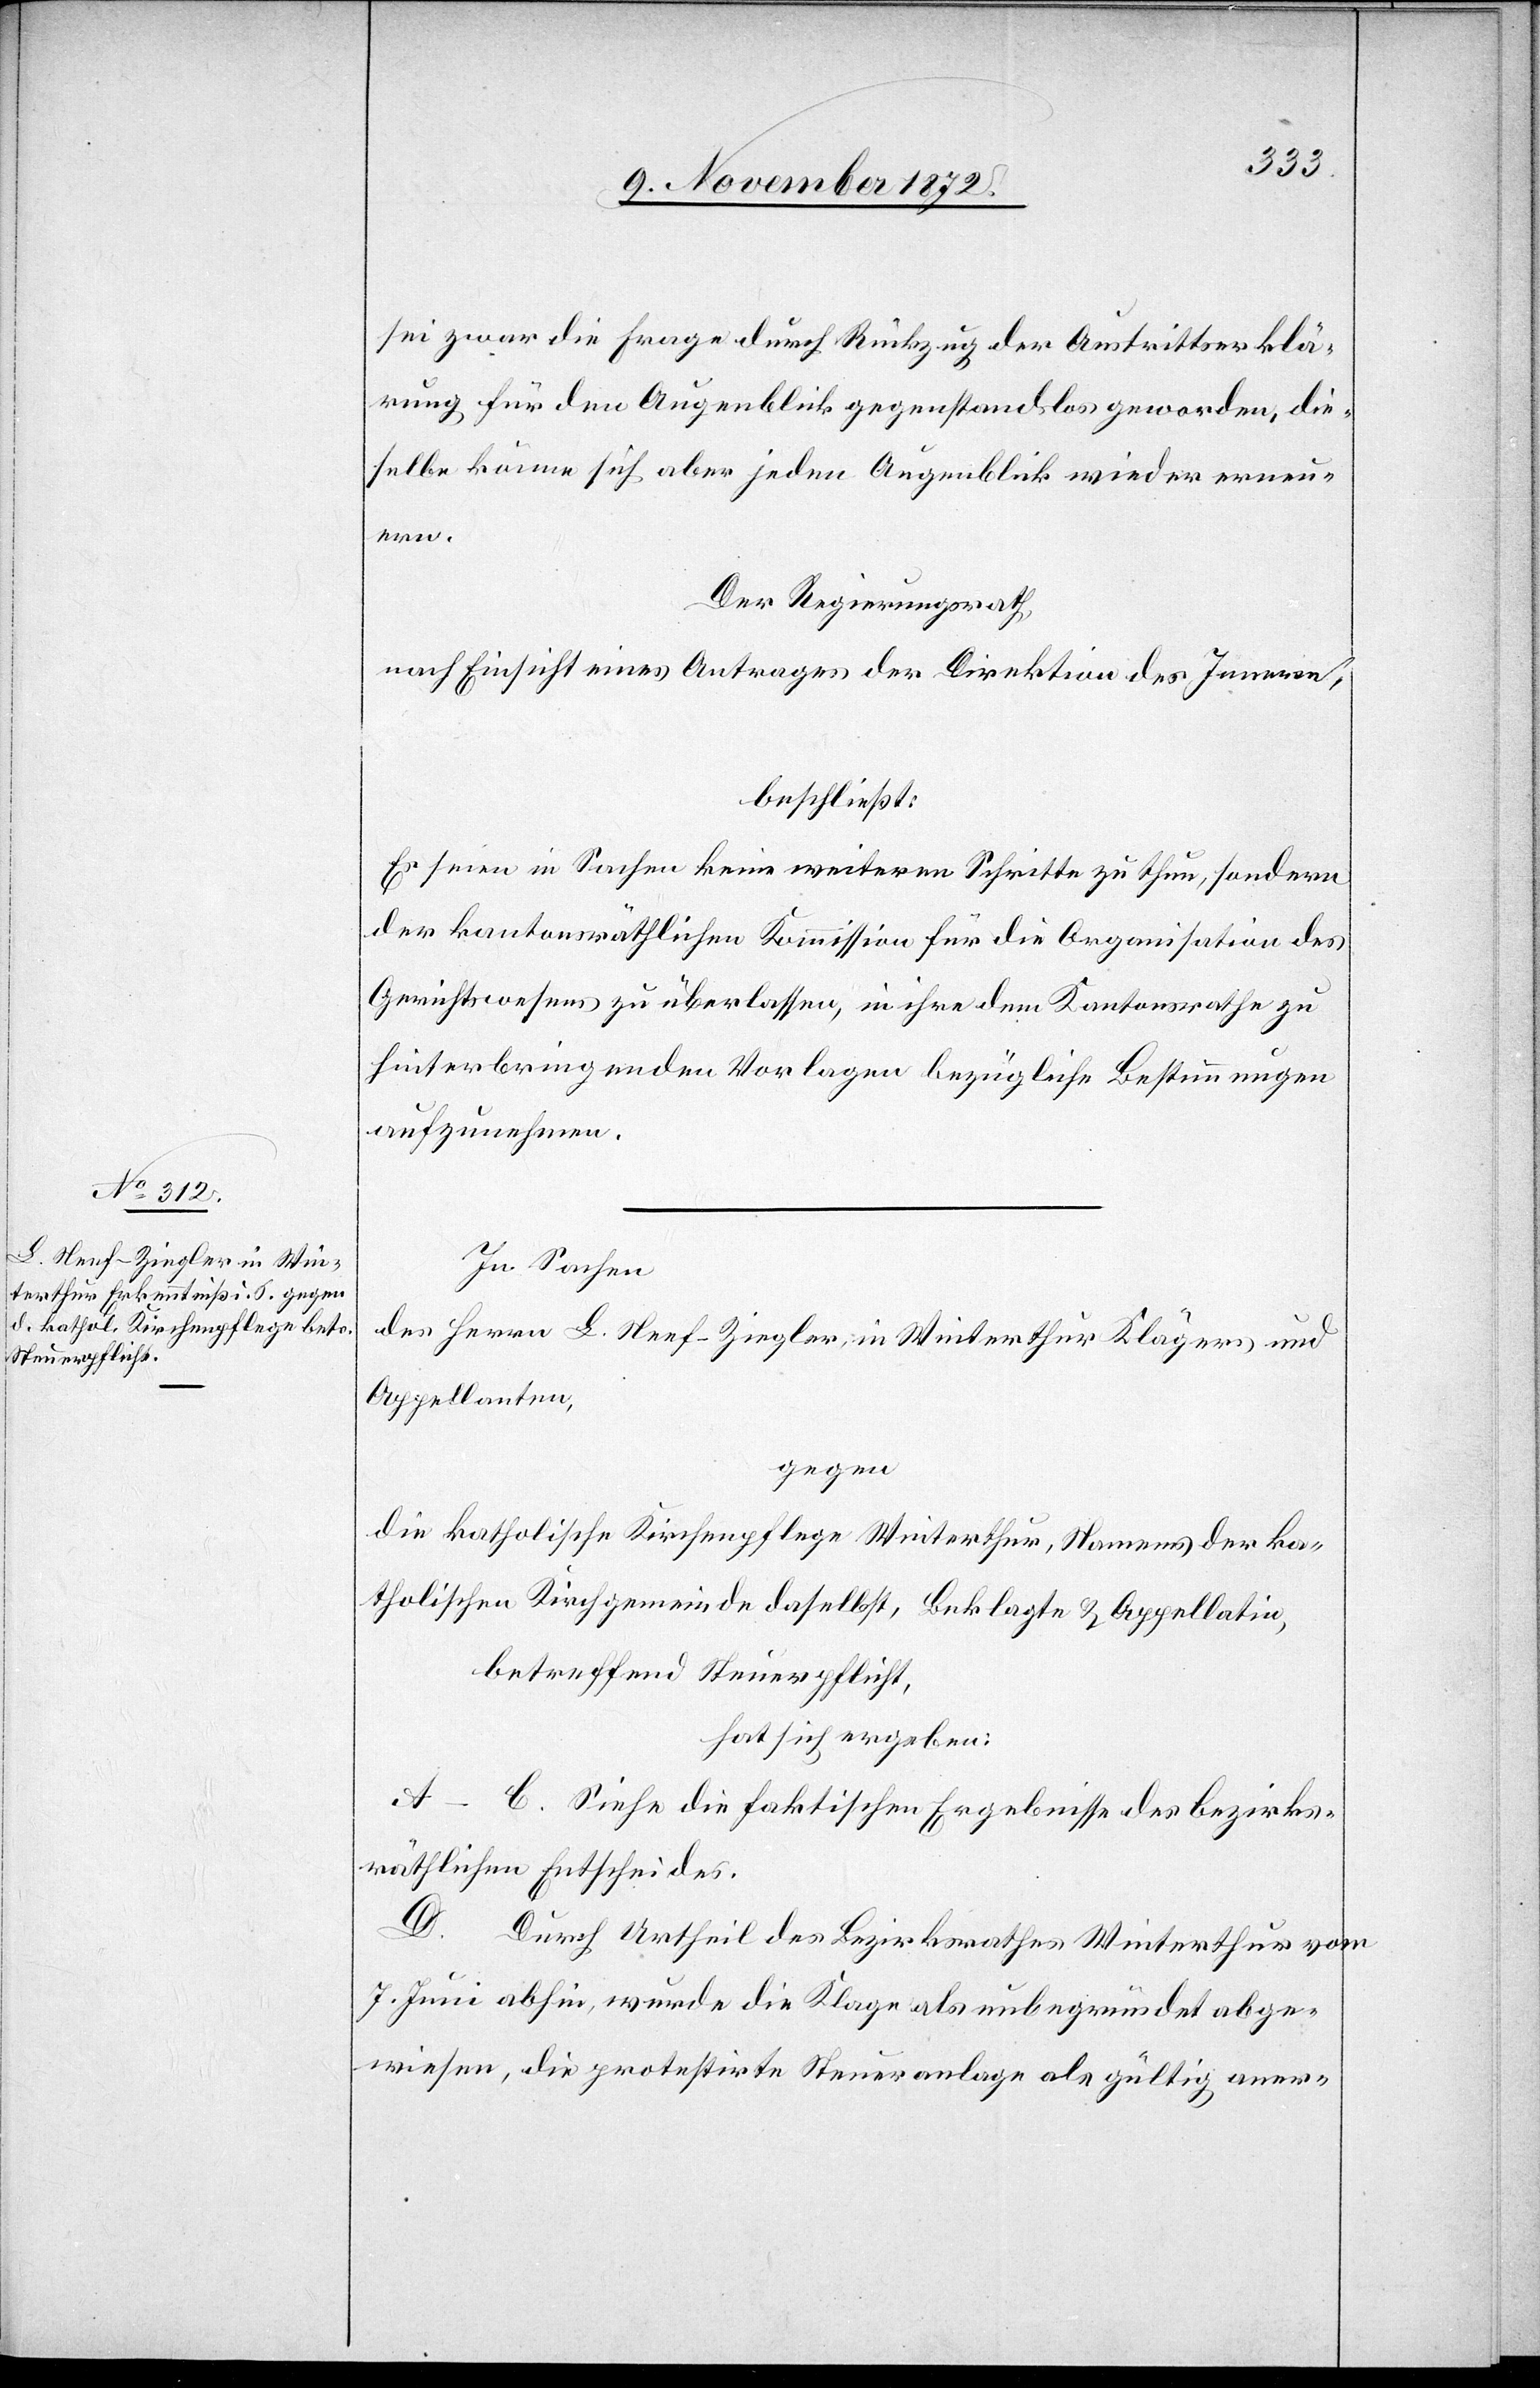
sei zwar die Frage durch Rückzug der Austrittserklä¬
rung für den Augenblick gegenstandslos geworden, die¬
selbe könne sich aber jeden Augenblick wieder erneu¬
ern.
Der Regierungsrath,
nach Einsicht eines Antrages der Direktion des Innern,
beschließt:
Es seien in Sachen keine weiteren Schritte zu thun, sondern
der kantonsräthlichen Kommission für die Organisation des
Gerichtswesens zu überlassen, in ihre dem Kantonsrathe zu
hinterbringenden Vorlagen bezügliche Bestimmungen
aufzunehmen.
In Sachen
des Herrn L. Neef-Ziegler, in Winterthur Klägers und
Appellanten,
gegen
die katholische Kirchenpflege Winterthur, Namens der ka¬
tholischen Kirchgemeinde daselbst, Beklagte u. Appellatin,
betreffend Steuerpflicht,
hat sich ergeben:
A–C. Siehe die faktischen Ergebnisse des bezirks¬
räthlichen Entscheides.
D. Durch Urtheil des Bezirksrathes Winterthur vom
7. Juni abhin, wurde die Klage als unbegründet abge¬
wiesen, die protestirte Steueranlage als gültig aner-